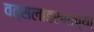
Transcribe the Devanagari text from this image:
वत्सलाहरणाच्या